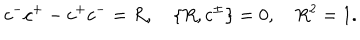
c ^ { - } c ^ { + } - c ^ { + } c ^ { - } = R , \quad \{ R , c ^ { \pm } \} = 0 , \quad R ^ { 2 } = 1 .